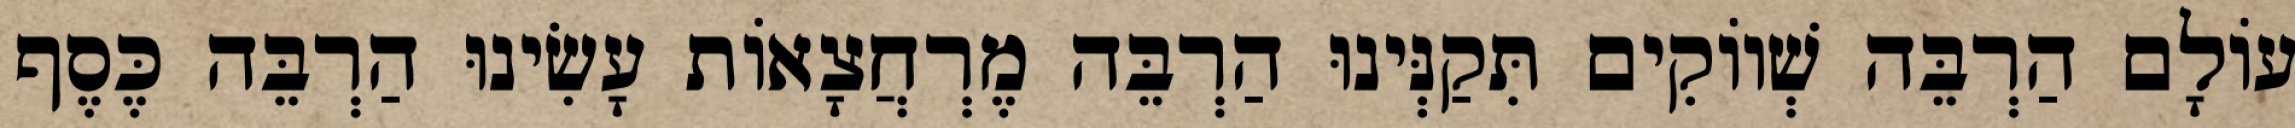
עוֹלָם הַרְבֵּה שְׁווֹקִים תִּקַנְּינוּ הַרְבֵּה מֶרְחֲצָאוֹת עָשִׂינוּ הַרְבֵּה כֶּסֶף